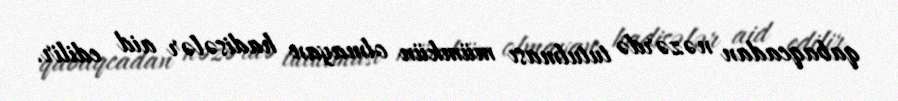
qabaqcadan nəzərdə tutulması mümkün olmayan hadisələr aid edilir.